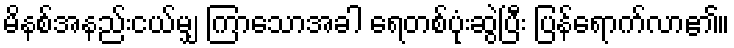
မိနစ်အနည်းငယ်မျှ ကြာသောအခါ ရေတစ်ပုံးဆွဲပြီး ပြန်ရောက်လာ၏။